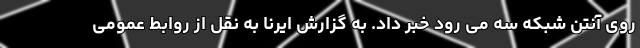
روی آنتن شبکه سه می رود خبر داد. به گزارش ایرنا به نقل از روابط عمومی